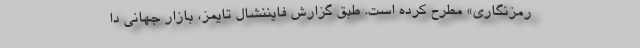
رمزنگاری» مطرح کرده است. طبق گزارش فایننشال تایمز، بازار جهانی دا